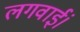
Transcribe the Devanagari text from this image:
लगवाईं।